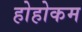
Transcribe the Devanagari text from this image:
होहोकम